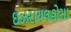
ઇઝરાયલહોસા